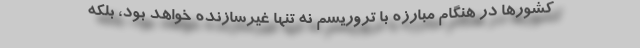
کشورها در هنگام مبارزه با تروریسم نه تنها غیرسازنده خواهد بود، بلکه